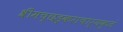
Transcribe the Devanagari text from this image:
श्रीमच्छड़्कराचार्यकृतं